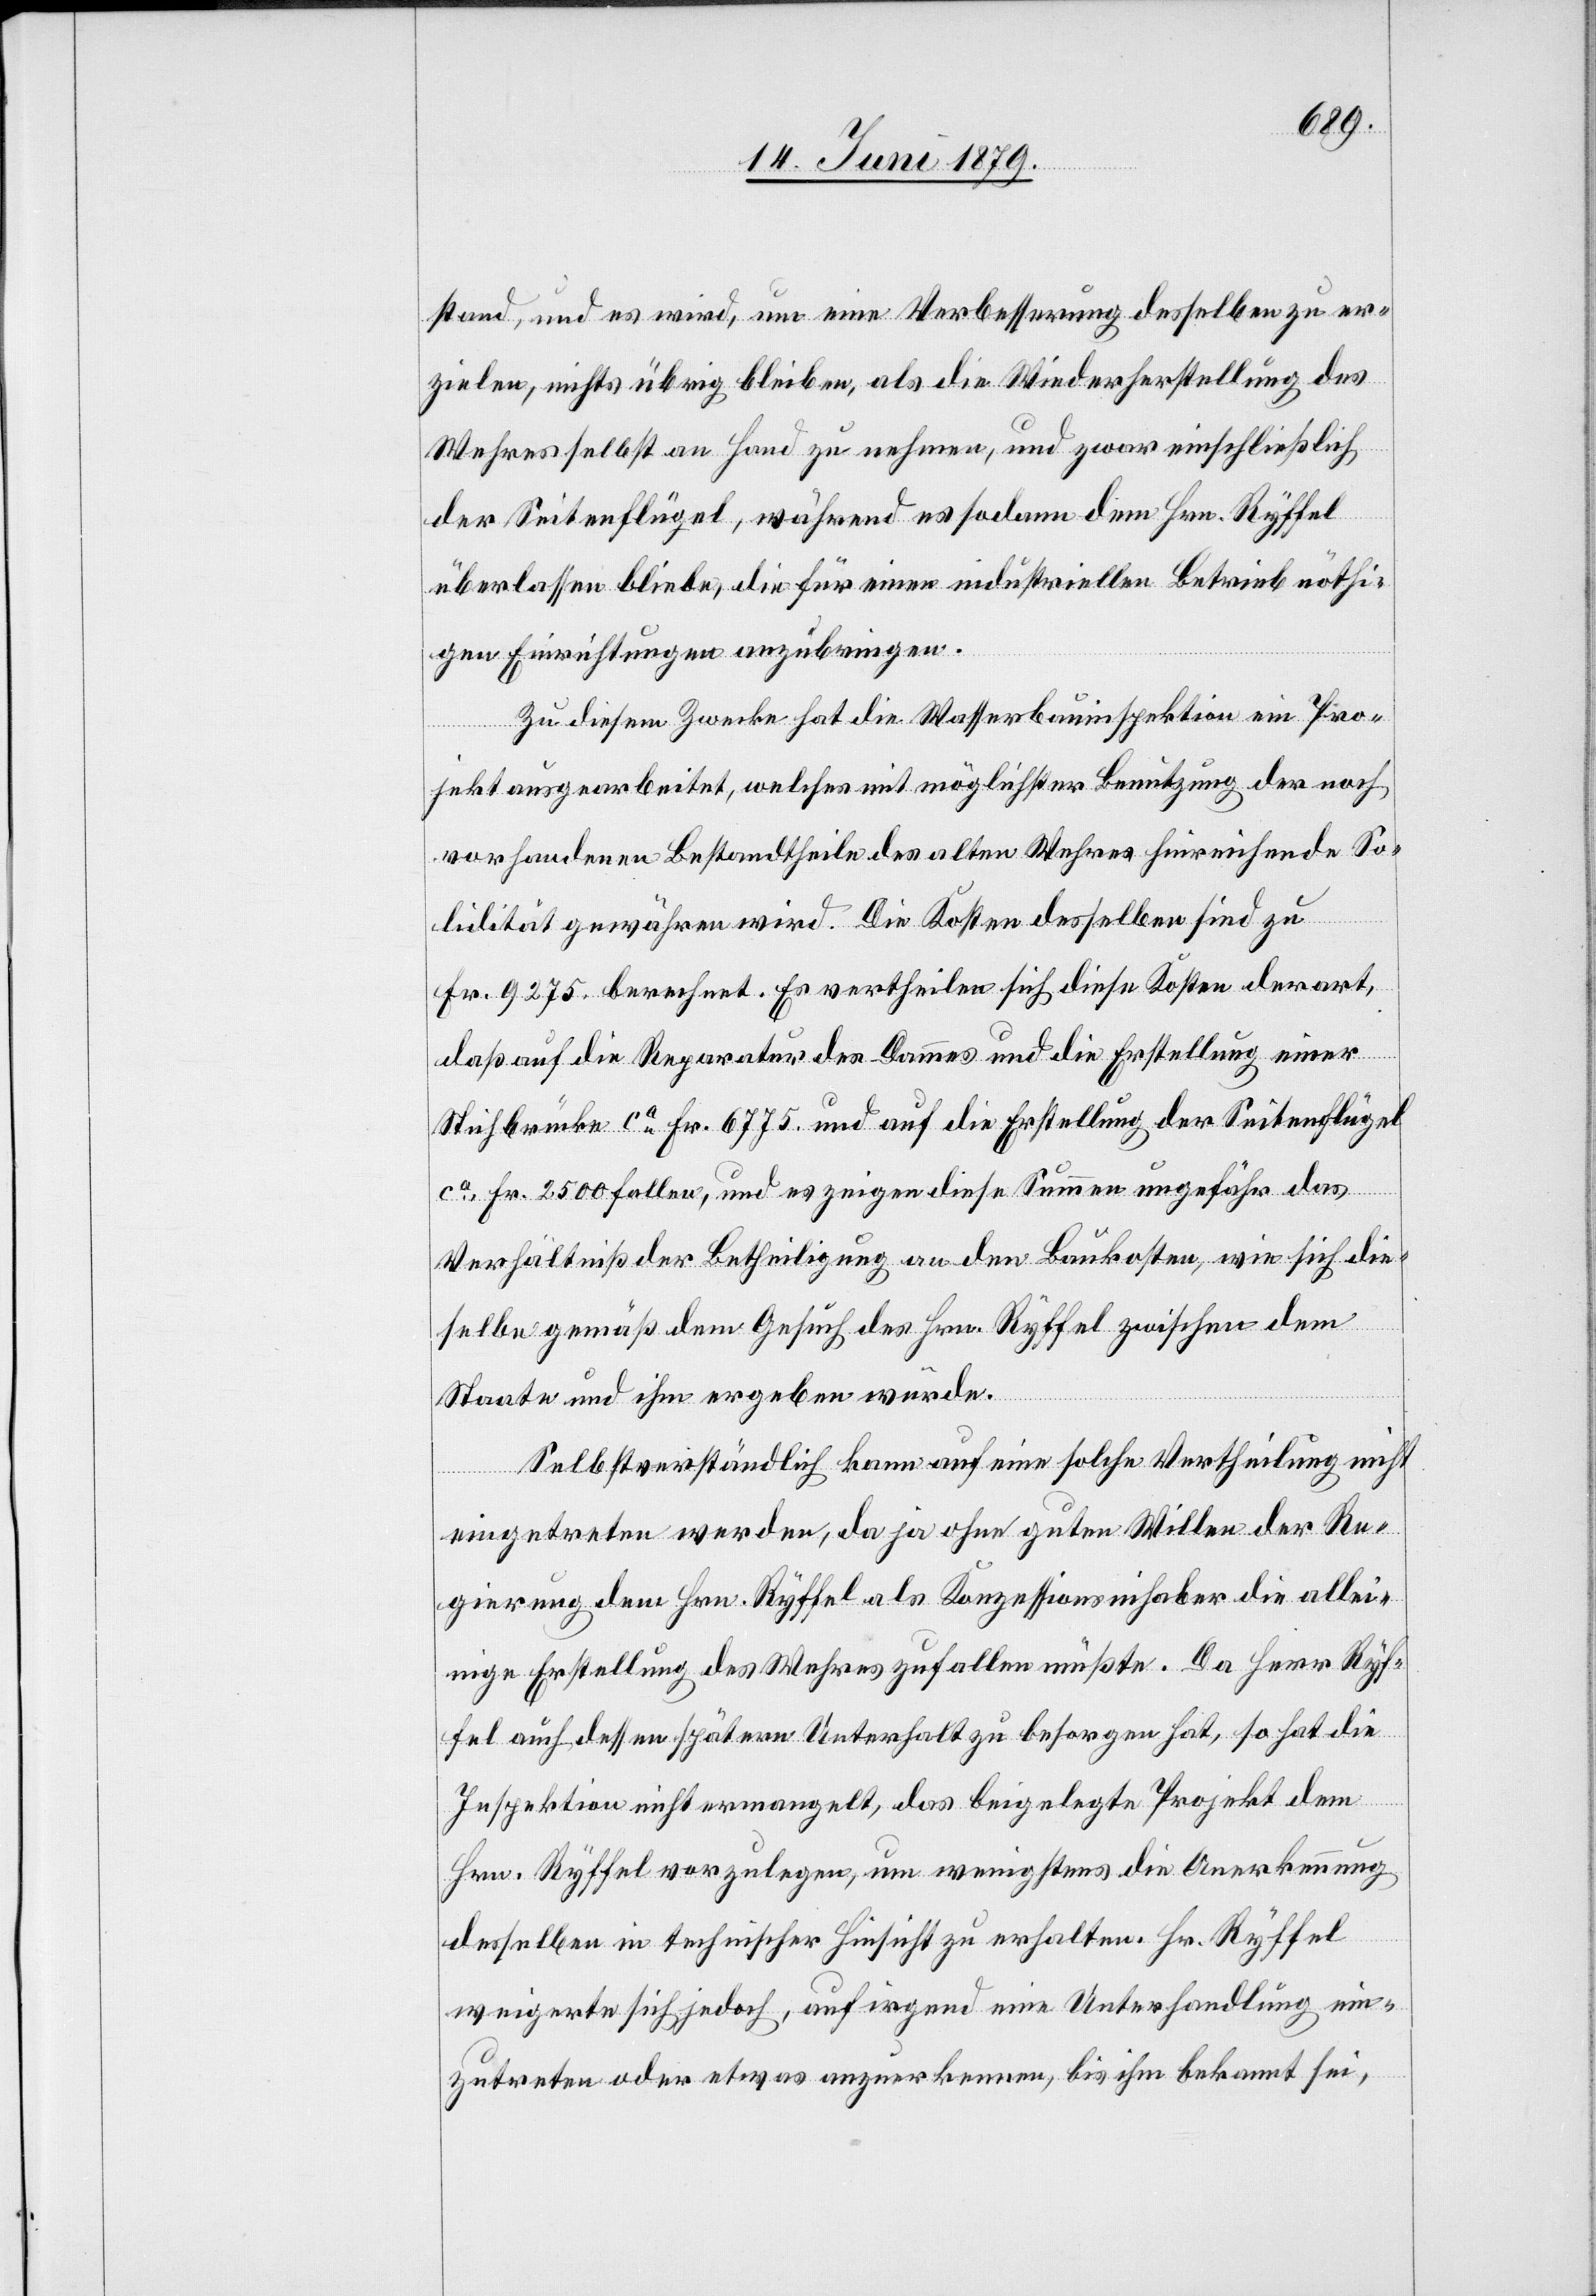
stand, und es wird, um eine Verbesserung desselben zu er¬
zielen, nichts übrig bleiben, als die Wiederherstellung des
Wehres selbst an Hand zu nehmen, und zwar einschließlich
der Seitenflügel, während es sodann dem Hrn. Ryffel
überlassen bliebe, die für einen industriellen Betrieb nöthi¬
gen Einrichtungen anzubringen.
Zu diesem Zwecke hat die Wasserbauinspektion ein Pro¬
jekt ausgearbeitet, welches mit möglichster Benutzung der noch
vorhandenen Bestandtheile des alten Wehres hinreichende So¬
lidität gewähren wird. Die Kosten desselben sind zu
Fr. 9275. berechnet. Es vertheilen sich diese Kosten derart,
daß auf die Reparatur des Dammes und die Erstellung einer
Stichbrücke ca Fr. 6775. und auf die Erstellung der Seitenflügel
ca Fr. 2500 fallen, und es zeigen diese Summen ungefähr das
Verhältniß der Betheiligung an den Baukosten, wie sich die¬
selbe gemäß dem Gesuch des Hrn. Ryffel zwischen dem
Staate und ihm ergeben würde.
Selbstverständlich kann auf eine solche Vertheilung nicht
eingetreten werden, da ja ohne guten Willen der Re¬
gierung dem Hrn. Ryffel als Konzessionsinhaber die allei¬
nige Erstellung des Wehres zufallen müßte. Da Herr Ryf¬
fel auch dessen spätern Unterhalt zu besorgen hat, so hat die
Inspektion nicht ermangelt, das beigelegte Projekt dem
Hrn. Ryffel vorzulegen, um wenigstens die Anerkennung
desselben in technischer Hinsicht zu erhalten. Hr. Ryffel
weigerte sich jedoch, auf irgend eine Unterhandlung ein¬
zutreten oder etwas anzuerkennen, bis ihm bekannt sei,